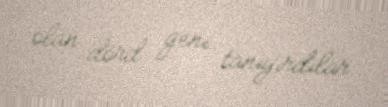
olan dörd geni tanıyırdılar.